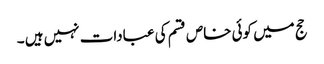
حج میں کوئی خاص قسم کی عبادات نہیں ہیں ۔